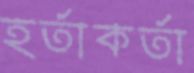
হর্তাকর্তা